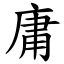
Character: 庸